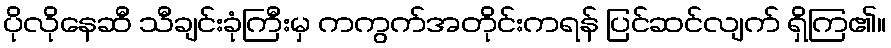
ပိုလိုနေဆီ သီချင်းခုံကြီးမှ ကကွက်အတိုင်းကရန် ပြင်ဆင်လျက် ရှိကြ၏။